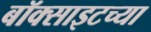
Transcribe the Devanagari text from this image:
बॉक्साइटच्या